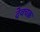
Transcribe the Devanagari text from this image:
देवचक्र